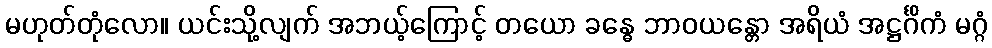
မဟုတ်တုံလော။ ယင်းသို့လျက် အဘယ့်ကြောင့် တယော ခန္ဓေ ဘာဝယန္တော အရိယံ အဋ္ဌင်္ဂိကံ မဂ္ဂံ